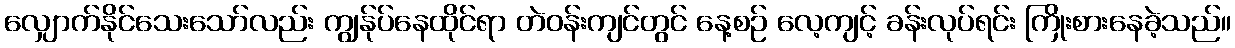
လျှောက်နိုင်သေးသော်လည်း ကျွန်ုပ်နေထိုင်ရာ တဲဝန်းကျင်တွင် နေ့စဉ် လေ့ကျင့် ခန်းလုပ်ရင်း ကြိုးစားနေခဲ့သည်။